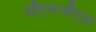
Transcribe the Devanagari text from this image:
सीएमजीएल